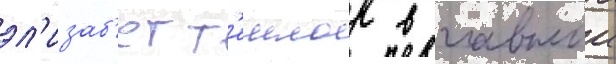
эл'изаб'ет т'еилор в главнои